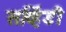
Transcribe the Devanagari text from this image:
सर्व्हिडी